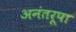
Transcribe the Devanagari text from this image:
अनंतरूपा